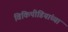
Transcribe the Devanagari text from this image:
विकिपीडियांच्या